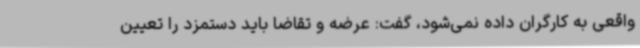
واقعی به کارگران داده نمی‌شود، گفت: عرضه و تقاضا باید دستمزد را تعیین